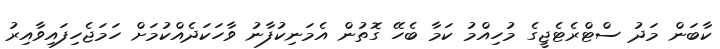
ކާބަން މަދު ސްޓްރެޓެޖީގެ މުހިއްމު ކަމާ ބެހޭ ގޮތުން އެމަނިކުފާނު ވާހަކަދެއްކުމަށް ހަމަޖެހިފައިވާއިރު